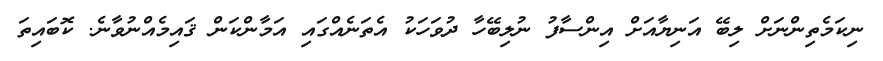
ނިކަމެތިންނަށް ލިބޭ އަނިޔާއަށް އިންސާފު ނުލިބޭހާ ދުވަހަކު އެތަނެއްގައި އަމާންކަން ޤައިމެއްނުވާނެ. ކޮބައިތަ